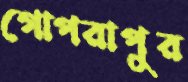
গোপরাপুর